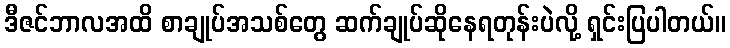
ဒီဇင်ဘာလအထိ စာချုပ်အသစ်တွေ ဆက်ချုပ်ဆိုနေရတုန်းပဲလို့ ရှင်းပြပါတယ်။